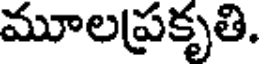
మూలప్రకృతి.